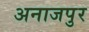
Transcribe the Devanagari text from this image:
अनाजपुर